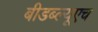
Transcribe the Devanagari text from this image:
बीडब्ल्यूएच